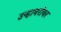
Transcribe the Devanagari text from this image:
उन्हाबरोबर